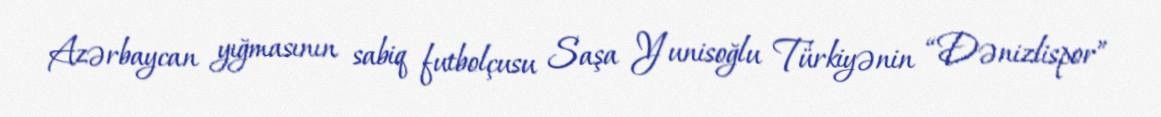
Azərbaycan yığmasının sabiq futbolçusu Saşa Yunisoğlu Türkiyənin “Dənizlispor”